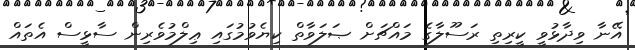
އޭނާ ވިދާޅުވީ ކީރިތި ރަސޫލާގެ މައްޗަށް ޞަލަވާތް ކިޔެވުމުގައި ޢިލްމުވެރިން ސާޅީސް އެތައް